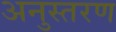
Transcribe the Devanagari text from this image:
अनुस्तरण